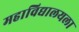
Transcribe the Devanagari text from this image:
महाविद्यालयला